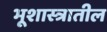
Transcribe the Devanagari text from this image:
भूशास्त्रातील